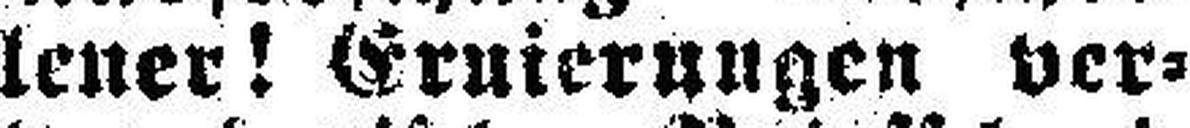
lener! Ernierungen ver¬